Vabadussoja_Ajaloo_Komitee, lk 61
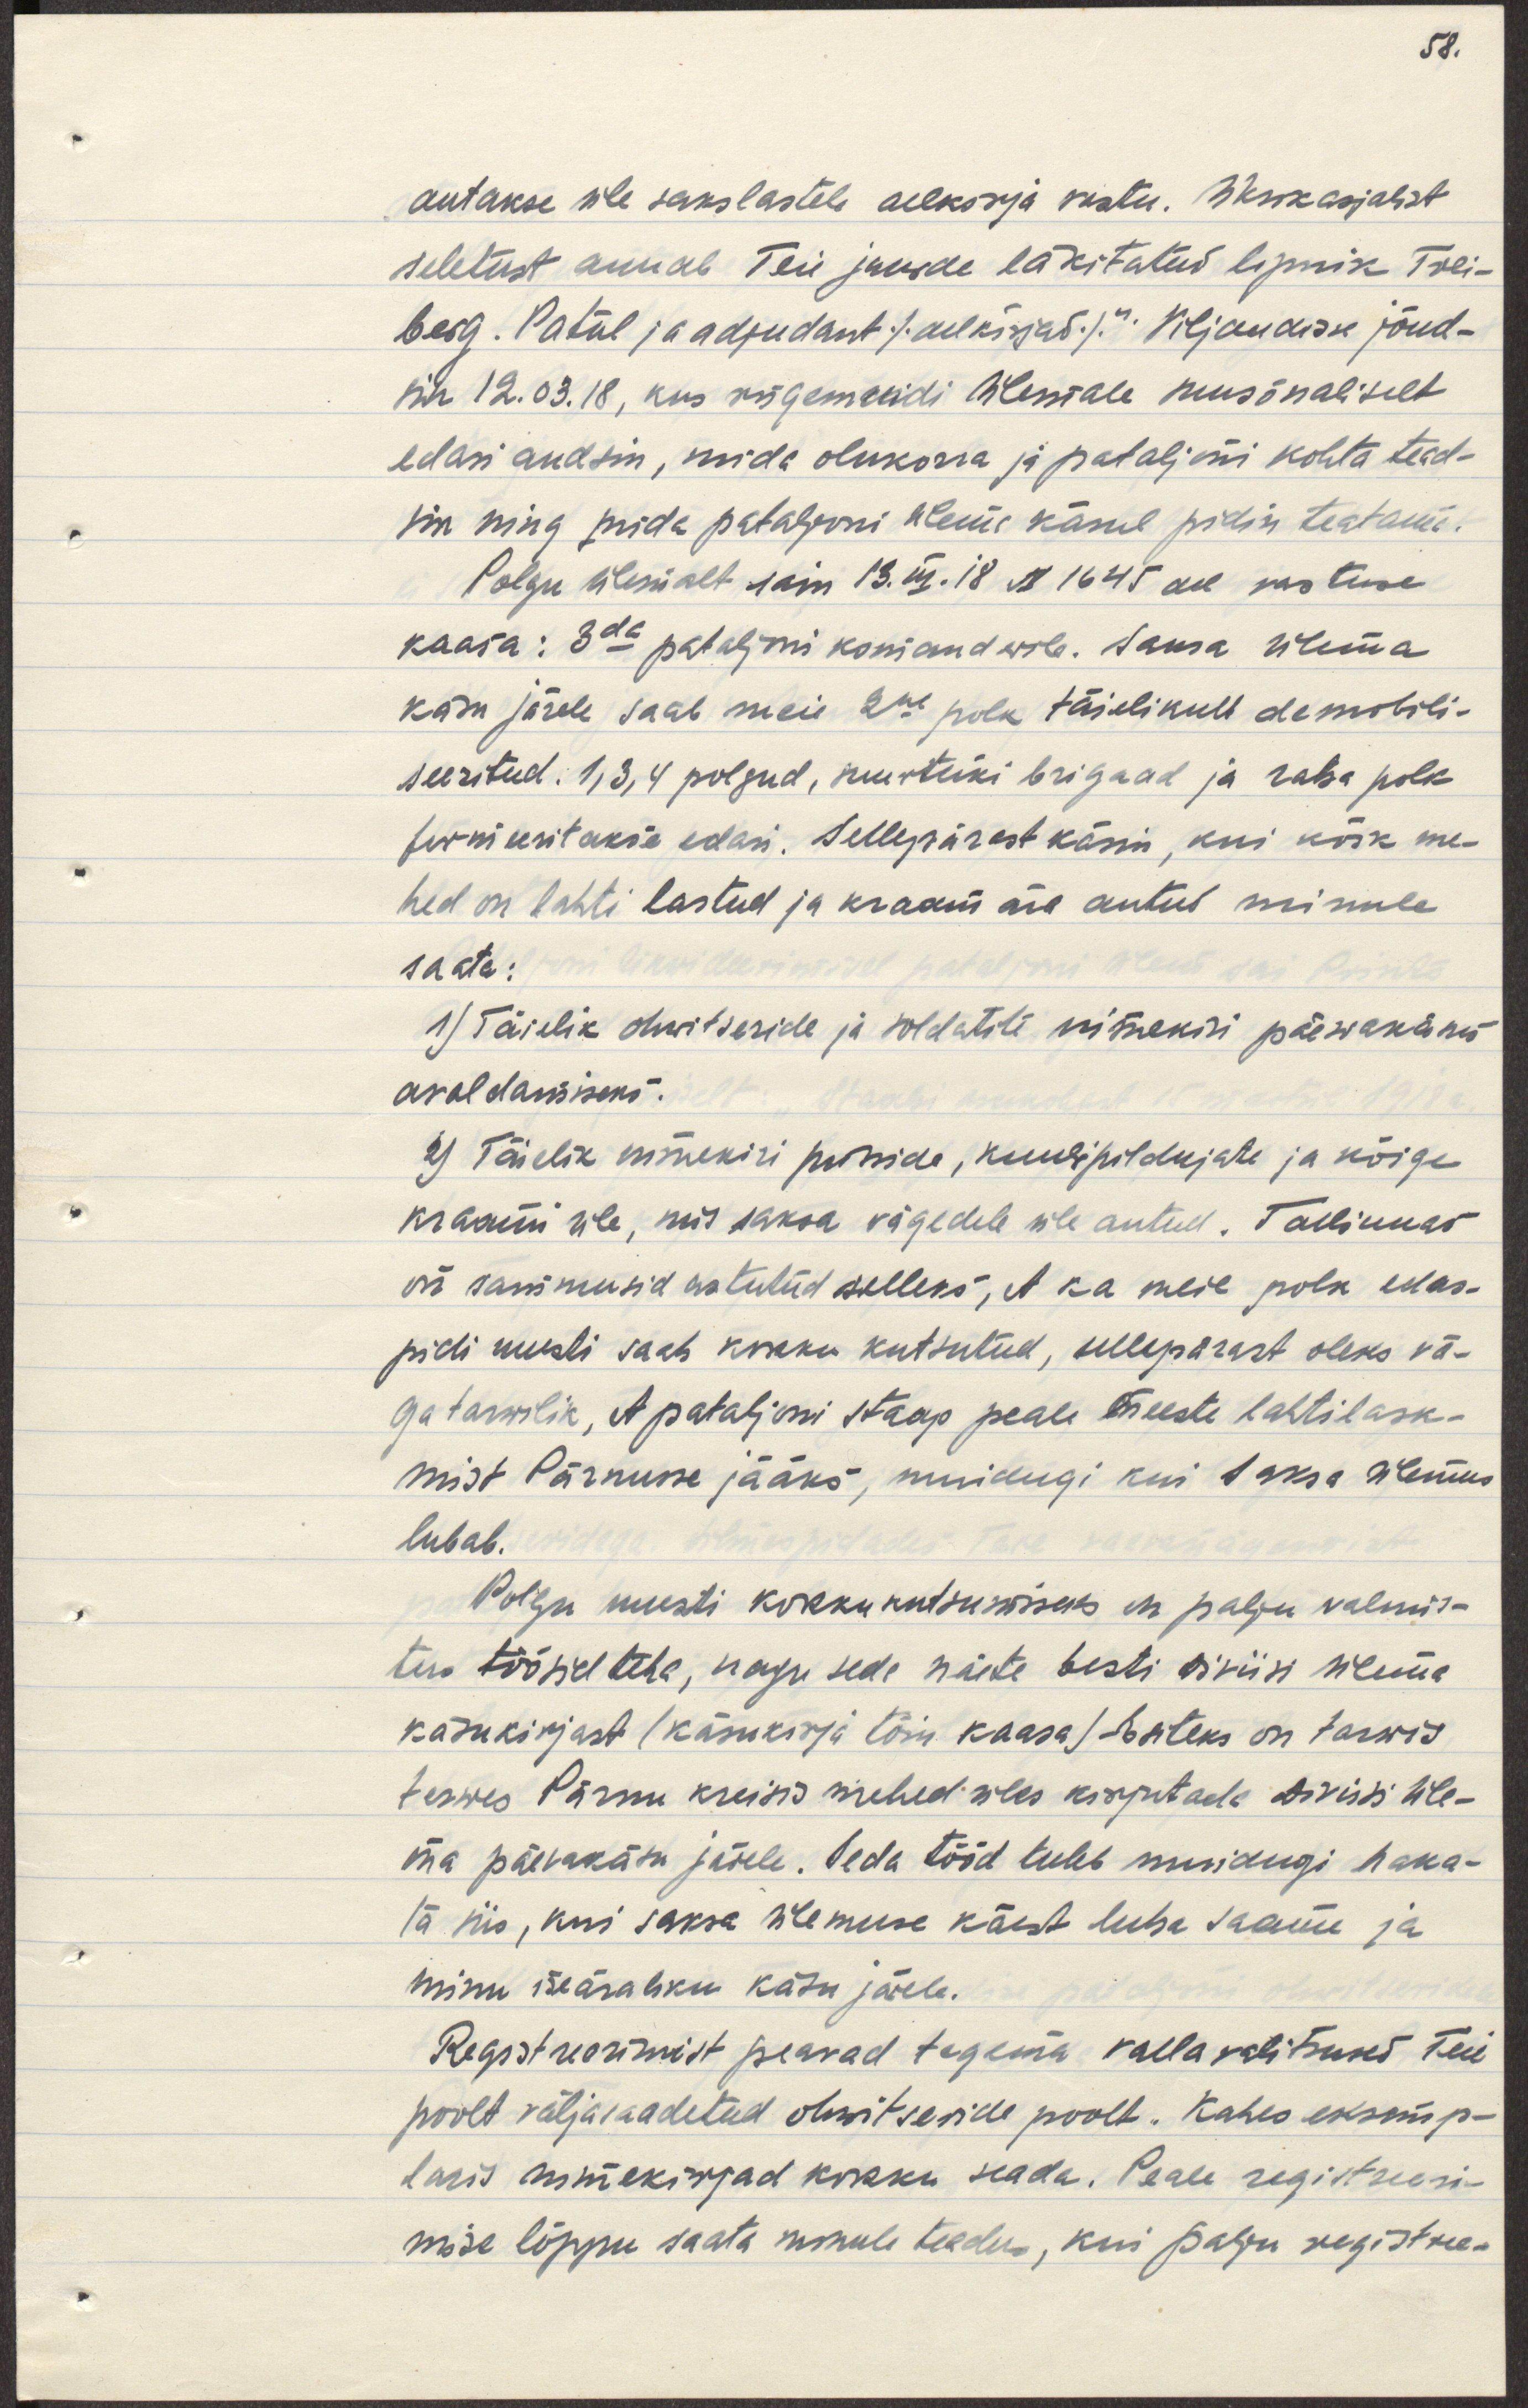
antkase üle sakslastele allkirja vastu. Üksikasjalist
selestust annab Teie juurde läkitatud lipnik Trei-
berg. Patül ja adjudant /allkirjad/." Viljandisse jõud-
sin 12.03.18, kus rügemendi ülemale suusõnaliselt
edasi andsin, mida olukorra ja pataljoni kohta tead-
sin ning mida pataljoni ülema käsul pidin teatama.
Polgu ülemalt sain 13.III.18 k 1645 ael vastuse
kaasa: 3da pataljoni komanderile. Sama ülema
käsu järele saab 2ne polk täielikult demobili-
seeritud. 1,3,4 polgud, suurtüki brigaad ja raba polk 
formeeritakse edasi. Sellepärast käsin, kui kõik me-
hed on lahti lastud ja kraam ära antud minule
saata:
1) Täielik ohwitseride ja soldatite nimekiri päewakäsus
avaldamiseks.
2) Täielik nimekiri püsside, kuulipildujate ja kõige
kraami üle, mis saksa vägedele üle antud. Tallinnas 
on sammusid astutud selleks, et ka meil polk edas-
pidi uuesti saab kokku kutsustud, sellepärast oleks vä-
ga tarwilik, et pataljoni staap peale meeste lahtilask-
mist Pärnusse jääks, muidugi kui Saksa ülemus
lubab. 
Polgu uuesti kokku kutsumiseks on polgu valmis-
tus töösid teha, nagu seda näete Eesti diviisi ülema
käsukirjast (käsukirja tõin kaasa)- Esiteks on tarwis
terwes Pärnu kreisis mehed üles kirjutada diviisi üle-
ma päevakäsu järele. Seda tööd tuleb muidugi haka-
ta siis, kui saksa ülemuse käest luba saame ja 
minu iseäraliku käsu järele.
Registreerimist peavad tegema vallavalitsused Teie 
poolt väljasaadetud ohwitseride poolt. Kahes eksemp-
laris nimekirjad kokku seada. Peale registreeri-
mise lõppu saata minule teadus, kui polgu registree-